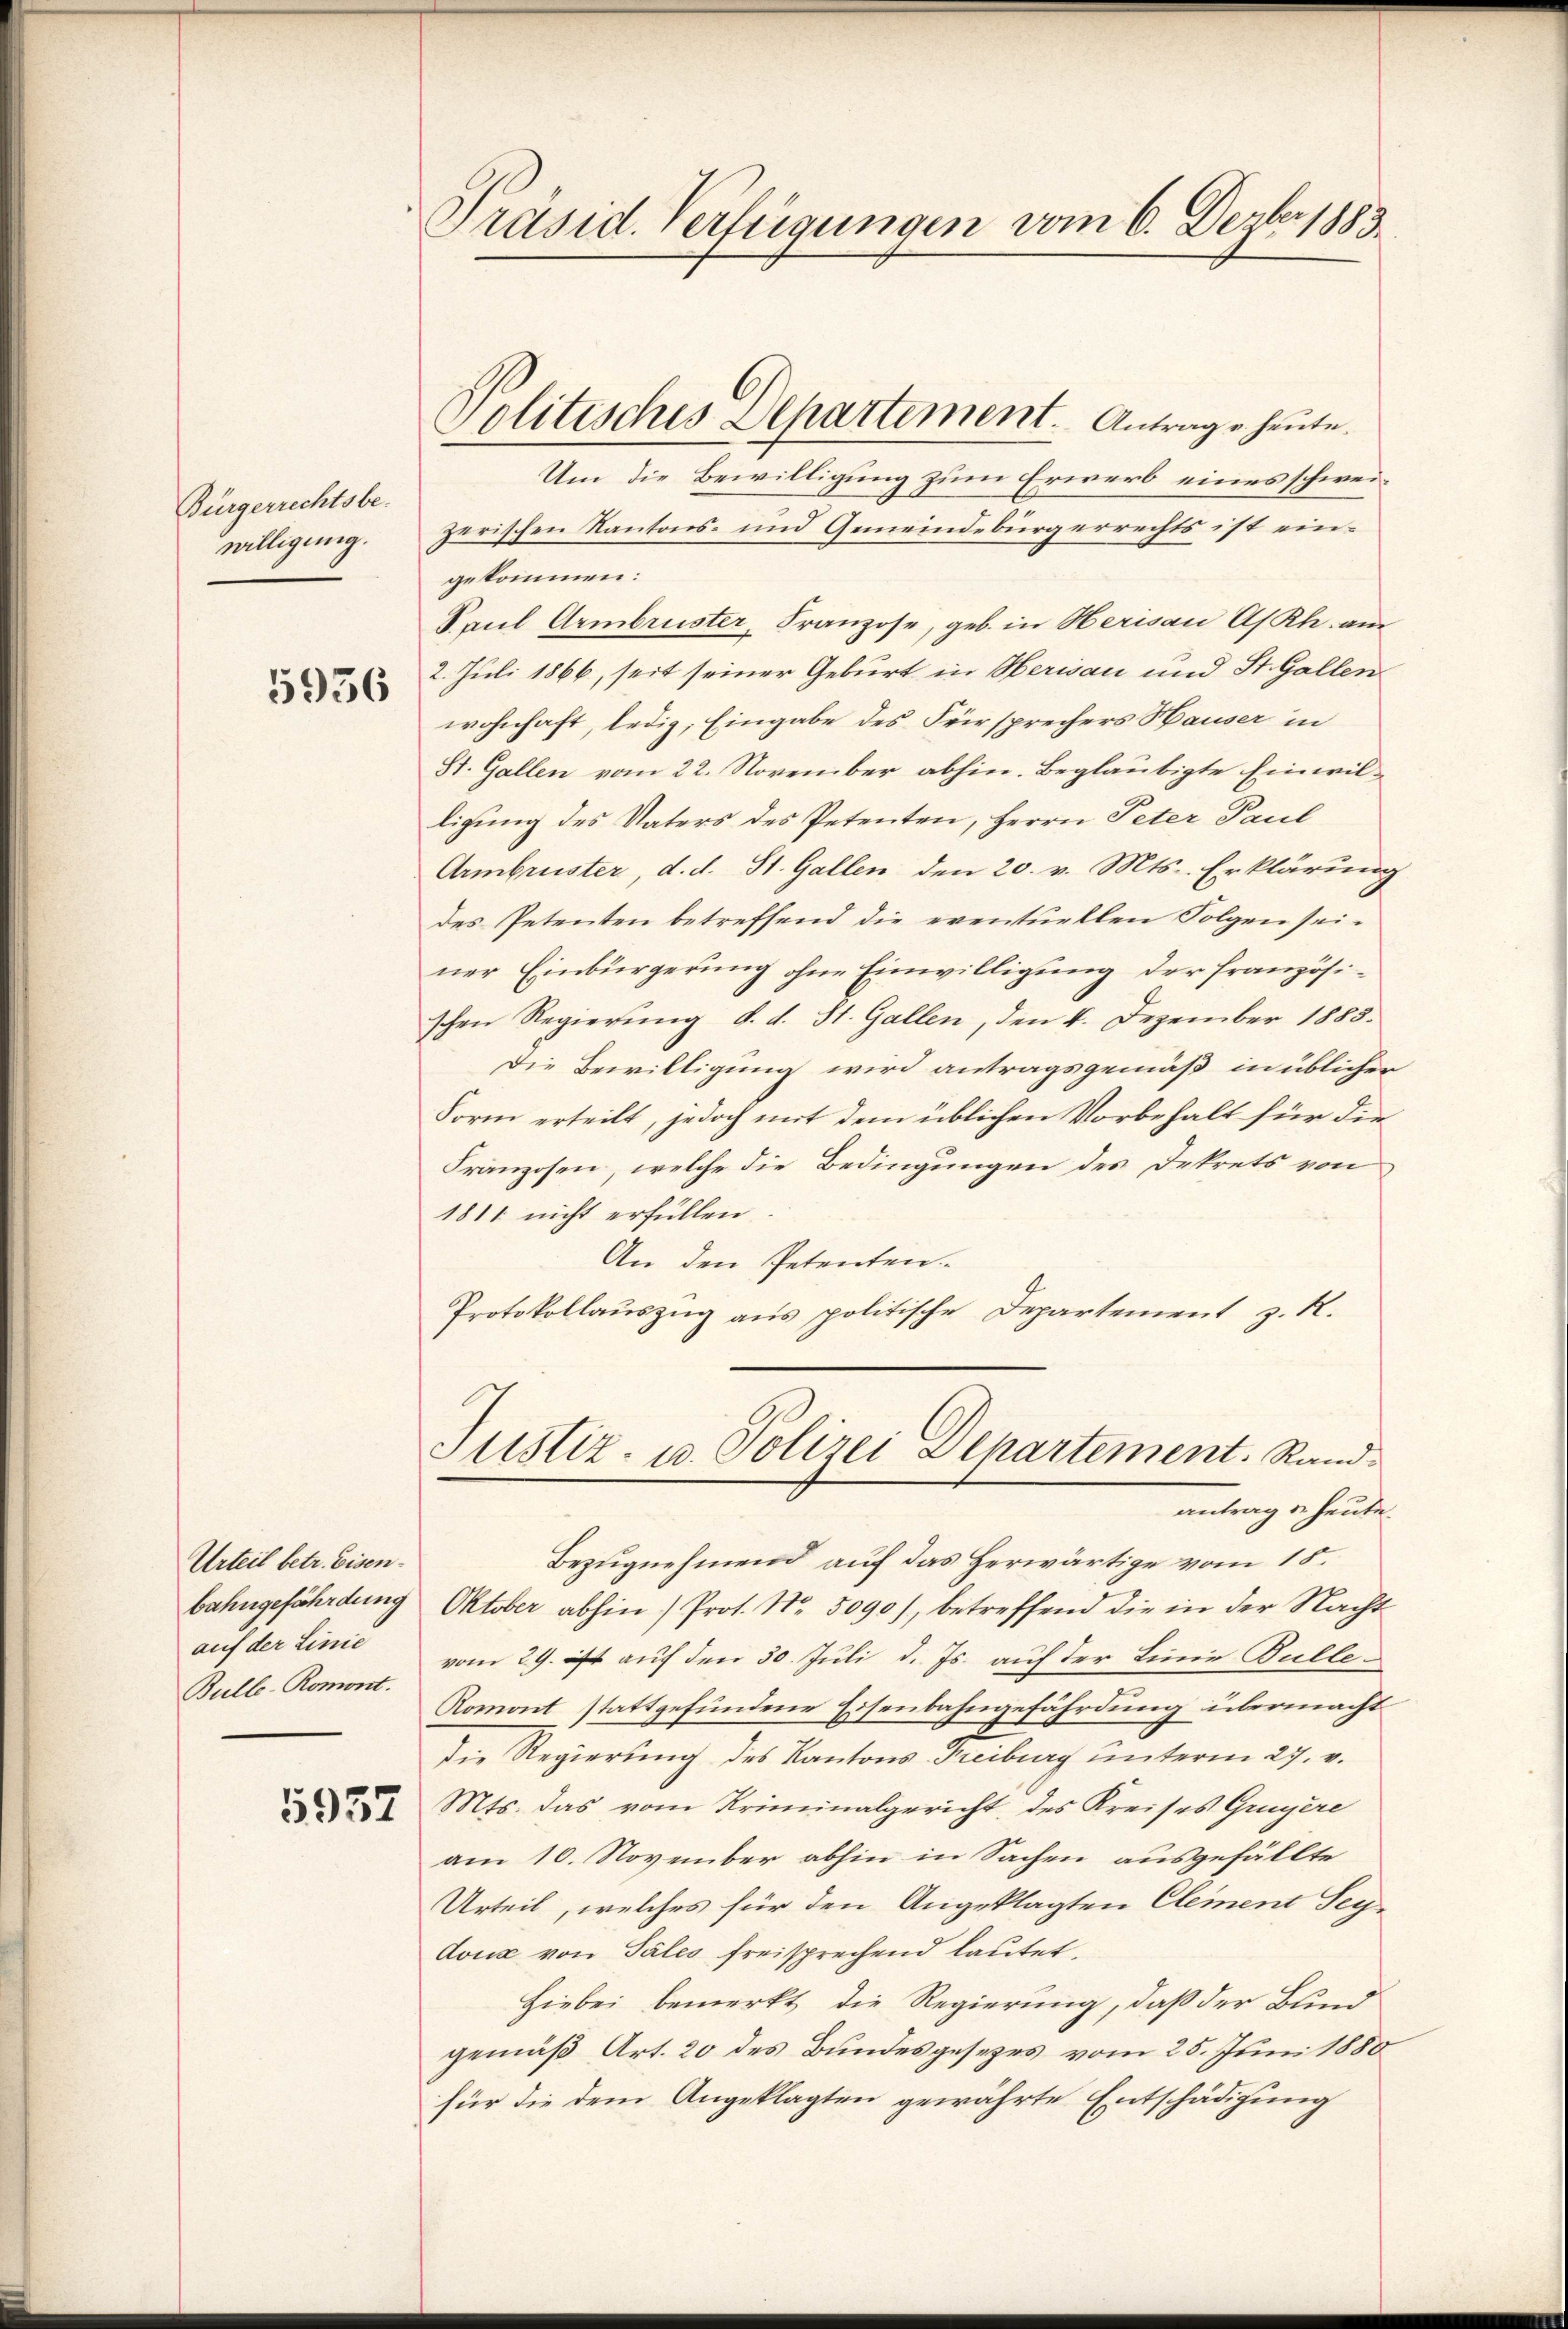
Bürgerrechtsbe-
willigung.
5936

Urteil betr. Eisenbahngefährdung
auf der Linie
Bulle-Romont.

5937

Präsid. Verfügungen vom 6. Dezbr 1883.

Politisches Departement. Antrage heute.

Um die Bewilligung zum Erwerb eines schweizerischen Kantons- und Gemeindebürgerrechts ist eingekommen:
Saul Armbruster, Franzose, geb. in Herisau As Rh. am
2. Juli 1866, seit seiner Geburt in Herisau und St. Gallen
wohnhaft, ledig, Eingabe des Fürsprechers Hauser in
St. Gallen vom 22. November abhin. Beglaubigte Einwilligung des Vaters des Petenten, Herrn Peter Paul
Armbruster, d. d. St. Gallen den 20. v. Mts. Erklärung
des Petenten betreffend die eventuellen Folgen seiner Einbürgerung ohne Einwilligung der französischen Regierŭng d. d. St. Gallen, den 4. Dezember 1885.
Die Bewilligung wird antragsgemäß in üblicher
Form erteilt, jedoch mit dem üblichen Vorbehalt für die
Franzosen, welche die Bedingungen des Dekrets von
1811 nicht erfüllen.
An den Petenten
Protokollauszug aus politische Departement z. R.

Justiz- u. Polizei alpartement. Rand-
antrag u. heute.

Bezugnehmend auf das Herwärtige vom 15.
Oktober abhin) Prot. Nr. 5090), betreffend die in der Nacht
vom 29. it auf den 30. Juli d. Js. auf der Linie Bulle¬
Romont stattgefundene Eisenbahngefährdung übermacht
die Regierung des Kantons Freiburg unterm 27. v.
Mts. das vom Kriminalgericht des Kreises Gruyère
am 10. November abhin in Sachen ausgefällte
Urteil, welches für den Angeklagten Clement Seydons von Tales freisprechend lautet,
Hiebei bemerkt die Regierung, daß der Bund
gemäß Art. 20 des Bundesgesezes vom 25. Juni 1880
für die dem Angeklagten gewährte Entschädigung